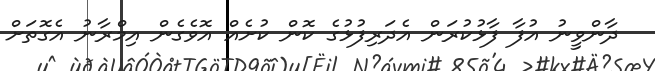
ދާންވީނު އުފާ ފާޅުކުރަން އެދަރިފުޅުގެ ކޮން ކުށެއް އޮވެގެން އިމްރާނު އެގޮތަށް